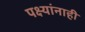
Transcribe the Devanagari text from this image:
पक्ष्यांनाही